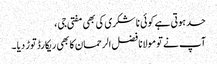
حد ہوتی ہے کوئی نا شکری کی بھی مفتی جی ،
آپ نے تو مولانا فضل الرحمان کا بھی ریکارڈ توڑ دیا ۔